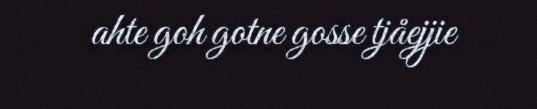
ahte goh gotne gosse tjåejjie